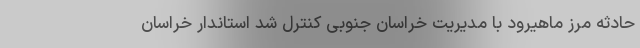
حادثه مرز ماهیرود با مدیریت خراسان جنوبی کنترل شد استاندار خراسان